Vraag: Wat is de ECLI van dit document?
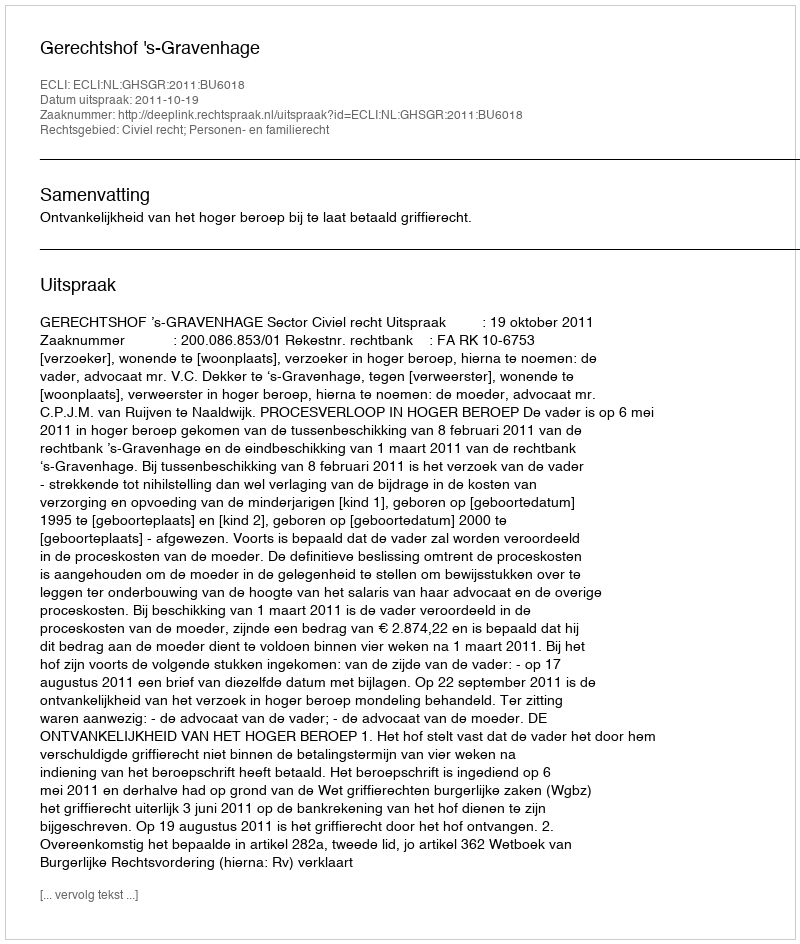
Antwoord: ECLI:NL:GHSGR:2011:BU6018